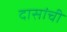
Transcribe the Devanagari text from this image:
दासांची